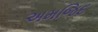
અમજિદ